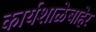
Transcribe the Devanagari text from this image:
कार्यशाळेबाहेर